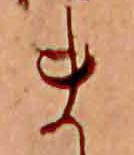
ま